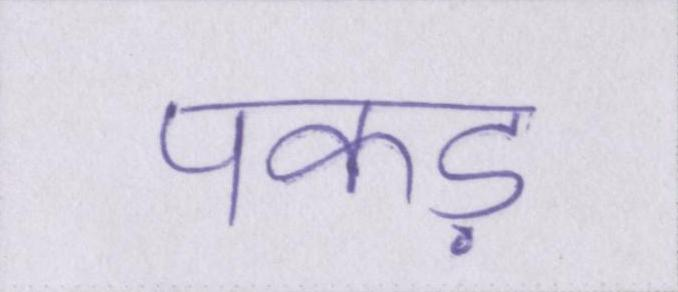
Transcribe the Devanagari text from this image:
पकड़